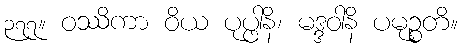
၃၇၇။ ဝဿိကာ ဝိယ ပုပ္ဖါနိ၊ မဒ္ဒဝါနိ ပမုဉ္စတိ။